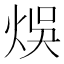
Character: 𤉇